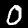
Label: 0